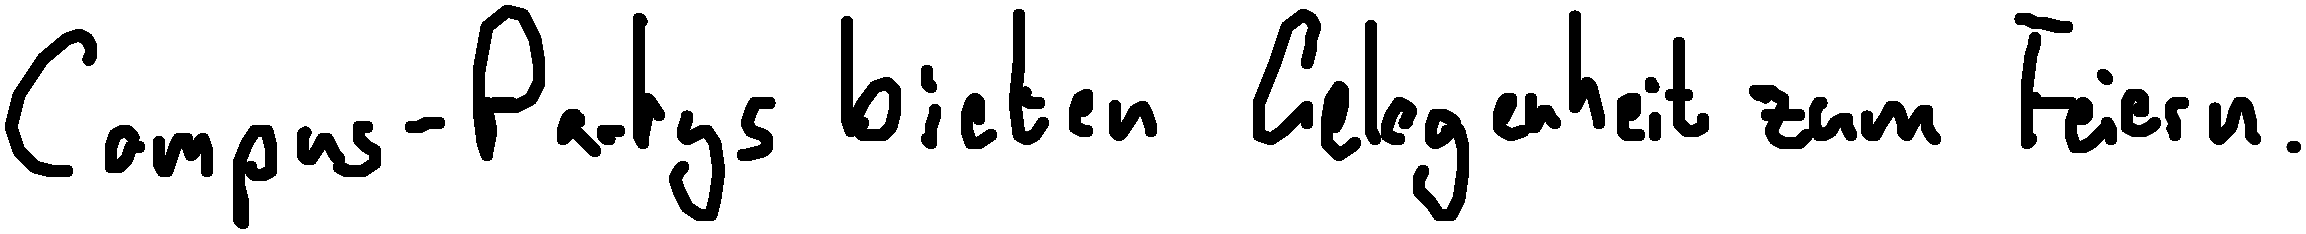
Campus-Partys bieten Gelegenheit zum Feiern.